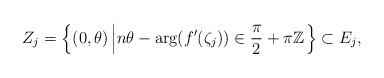
LaTeX: \begin{align*}Z_j=\left\{(0,\theta)\left|n\theta-\arg(f'(\zeta_j))\in\frac{\pi}{2}+\pi\mathbb{Z}\right.\right\}\subset E_j,\end{align*}